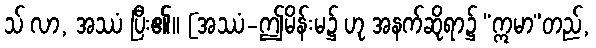
သ် လာ, အဿံ ပြီး၏။ [အဿံ-ဤမိန်းမ၌ ဟု အနက်ဆိုရာ၌ “ဣမာ”တည်,